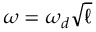
\omega = \omega _ { d } \sqrt { \ell }